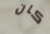
كان